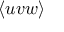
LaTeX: \langle { u v w \rangle }